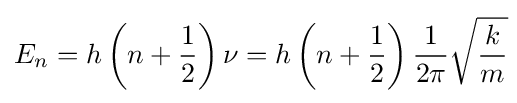
E_{n}=h\left(n+{1 \over 2}\right)\nu =h\left(n+{1 \over 2}\right){1 \over {2\pi }}{\sqrt {k \over m}}\!